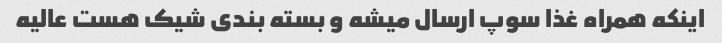
اینکه همراه غذا سوپ ارسال میشه و بسته بندی شیک هست عالیه